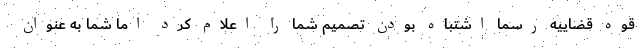
قوه قضاییه رسما اشتباه بودن تصمیم شما را اعلام کرد اما شما به عنوان